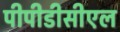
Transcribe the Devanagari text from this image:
पीपीडीसीएल